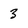
Character: 3